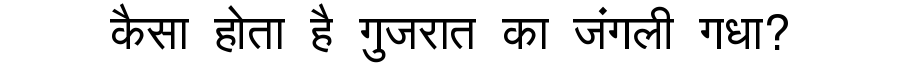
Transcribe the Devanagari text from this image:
कैसा होता है गुजरात का जंगली गधा?